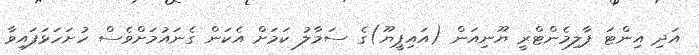
އަދި އިންޓަ ޕާލިމެންޓްރީ ޔޫނިއަން (އައިޕީޔޫ)ގެ ސަމާލު ކަމަށް އެކަން ގެނައުމަށްވެސް ހުށަހަޅަފައިވާ